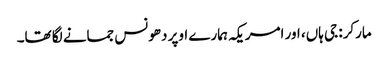
مارکر: جی ہاں، اور امریکہ ہمارے اوپر دھونس جمانے لگا تھا۔